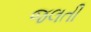
જલતી